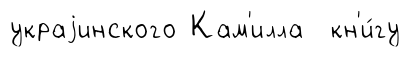
украjинского Кам'илла кн'и́гу